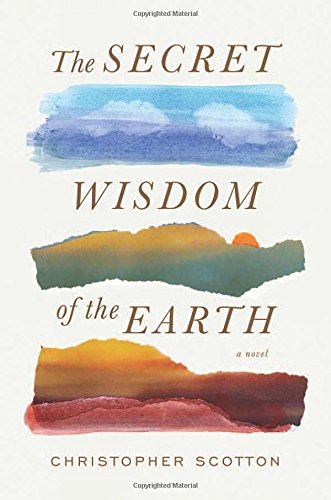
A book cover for The Secret Wisdom of the Earth; Christopher Scotton; Literature & Fiction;